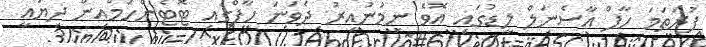
ފުރަތަމަ ހާފް އާސެނަލް ލީޑުގައި އޮވެ ނިމުނުއިރު ދެވަނަ ހާފްގައި ޓޮޓެންހަމްއިން ދިޔައީ